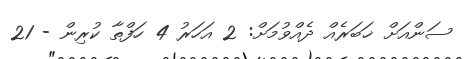
ސަންއަށް ޚަބަރެއް ދެއްވުމަށް: 2 އަހަރު 4 ހަފްތާ ކުރިން - 21